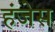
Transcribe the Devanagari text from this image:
हंजेस